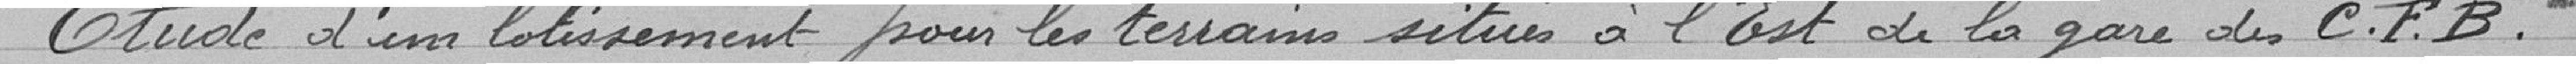
Étude d'un lotissement pour les terrains situé à l'est de la gare des Chemins de Fer Belfortains